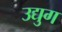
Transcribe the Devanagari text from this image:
उद्युग